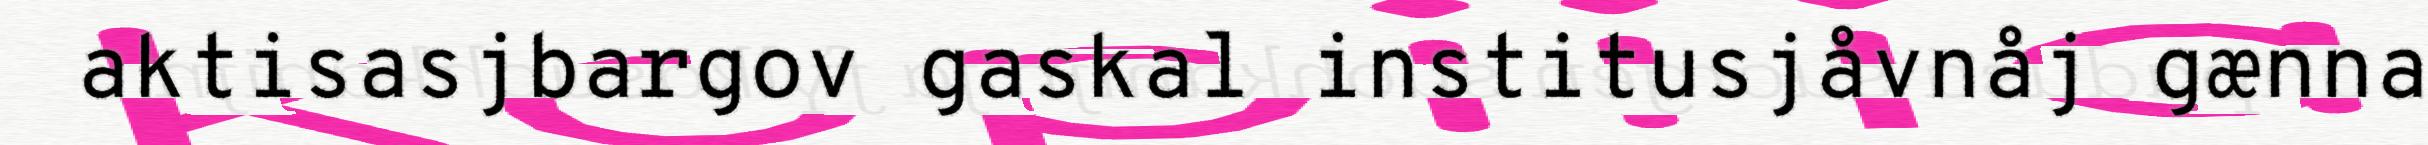
aktisasjbargov gaskal institusjåvnåj gænna